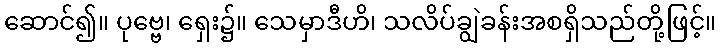
ဆောင်၍။ ပုဗ္ဗေ၊ ရှေး၌။ သေမှာဒီဟိ၊ သလိပ်ချွဲခန်းအစရှိသည်တို့ဖြင့်။